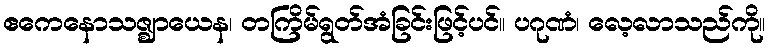
ဧကေနောသဇ္ဈာယေန၊ တကြိမ်ရွတ်အံခြင်းဖြင့်ပင်။ ပဂုဏံ၊ လေ့လာသည်ကို။